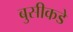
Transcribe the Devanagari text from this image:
बुसीकडे